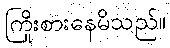
ကြိုးစားနေမိသည်။